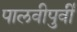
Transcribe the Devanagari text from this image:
पालवीपुर्वी